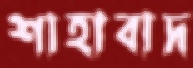
শাহাবাদ